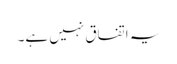
یہ اتفاق نہیں ہے۔